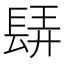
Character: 𨲀